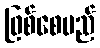
ဖြစ်စေမည်